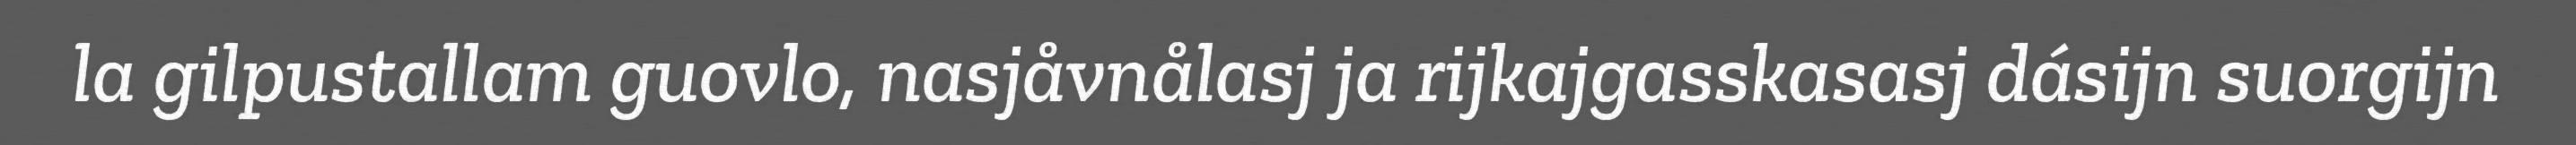
la gilpustallam guovlo, nasjåvnålasj ja rijkajgasskasasj dásijn suorgijn